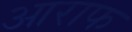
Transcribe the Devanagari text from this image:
आराफ